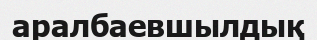
аралбаевшылдық